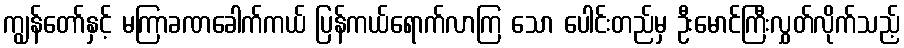
ကျွန်တော်နှင့် မကြာခဏခေါက်ကယ် ပြန်ကယ်ရောက်လာကြ သော ပေါင်းတည်မှ ဦးမောင်ကြီးလွှတ်လိုက်သည့်